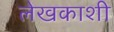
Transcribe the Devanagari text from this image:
लेखकाशी